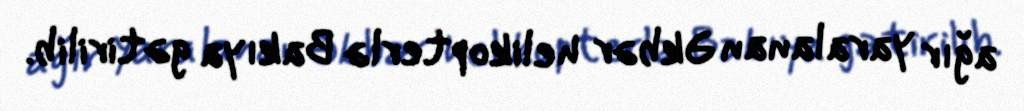
ağır yaralanan Əkbər helikopterlə Bakıya gətirilib.